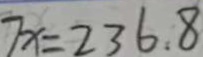
7 x = 2 3 6 . 8